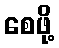
စေဖို့